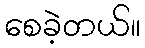
စေခဲ့တယ်။